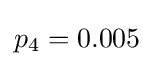
p_{4}=0.005